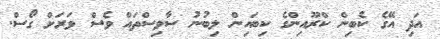
އަދި އޭގެ ކެބިން ކްރޫއިންގެ ކިބައިން ލިބުނު ސާވިސްތައް ވެސް ވަރަށް ގޯސް.